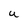
Character: U